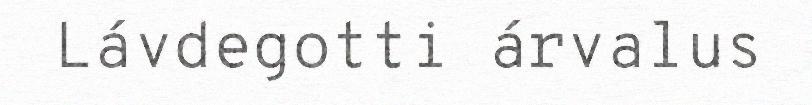
Lávdegotti árvalus